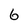
Character: 6